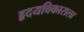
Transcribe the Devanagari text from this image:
हृदयविकाराला